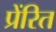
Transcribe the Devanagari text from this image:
प्रेंरित